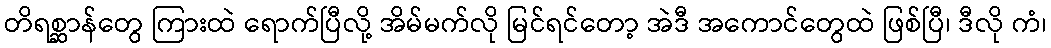
တိရစ္ဆာန်တွေ ကြားထဲ ရောက်ပြီလို့ အိမ်မက်လို မြင်ရင်တော့ အဲဒီ အကောင်တွေထဲ ဖြစ်ပြီ၊ ဒီလို ကံ၊